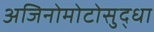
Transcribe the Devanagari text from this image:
अजिनोमोटोसुद्धा